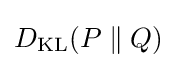
D_{\text{KL}}(P\parallel Q)